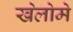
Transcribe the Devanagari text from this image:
खेलोमे